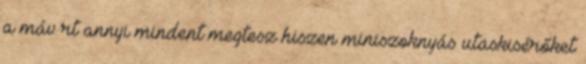
a máv rt annyi mindent megtesz hiszen miniszoknyás utaskisérőket